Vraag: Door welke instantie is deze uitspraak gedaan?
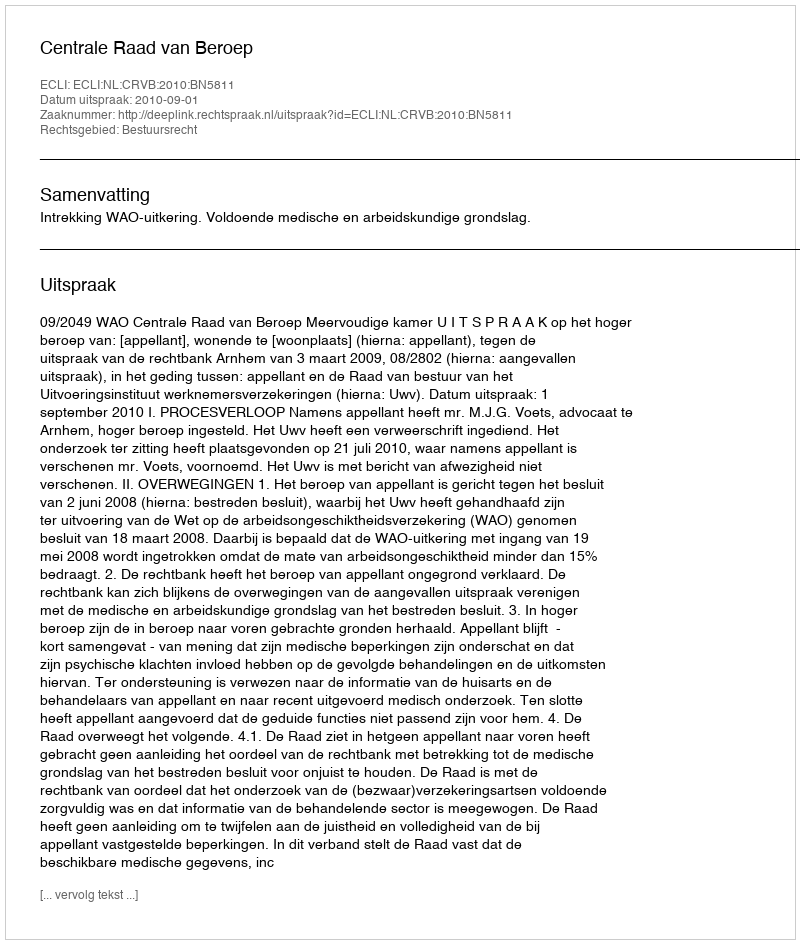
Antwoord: Centrale Raad van Beroep